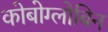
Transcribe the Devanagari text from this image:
कोबोग्लोबिन